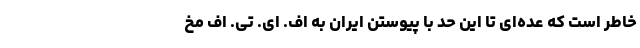
خاطر است که عده‌ای تا این حد با پیوستن ایران به اف. ای. تی. اف مخ